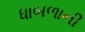
ધાબળાની